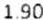
1.90